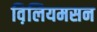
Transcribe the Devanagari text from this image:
व़िलियमसन